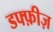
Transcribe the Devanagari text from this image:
डफ्फ़ीज़